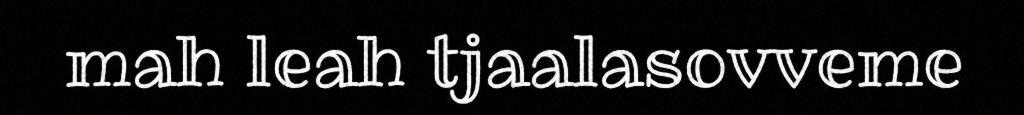
mah leah tjaalasovveme